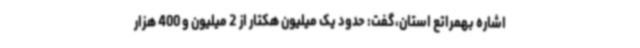
اشاره بهمراتع استان،گفت: حدود یک میلیون هکتار از 2 میلیون و 400 هزار